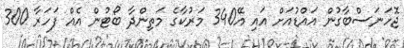
ޖޮހަނަސްބާގުން އައްޑުއަށް އައި އޭ340 މަރުކާގެ މަތިންދާ ބޯޓުން އެއް ފަހަރާ 300